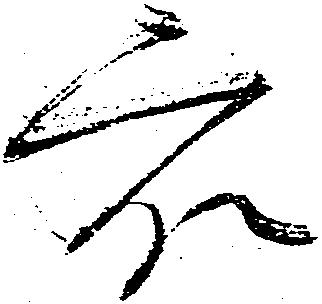
衆